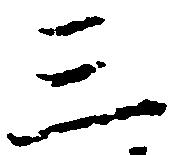
三